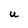
Character: U